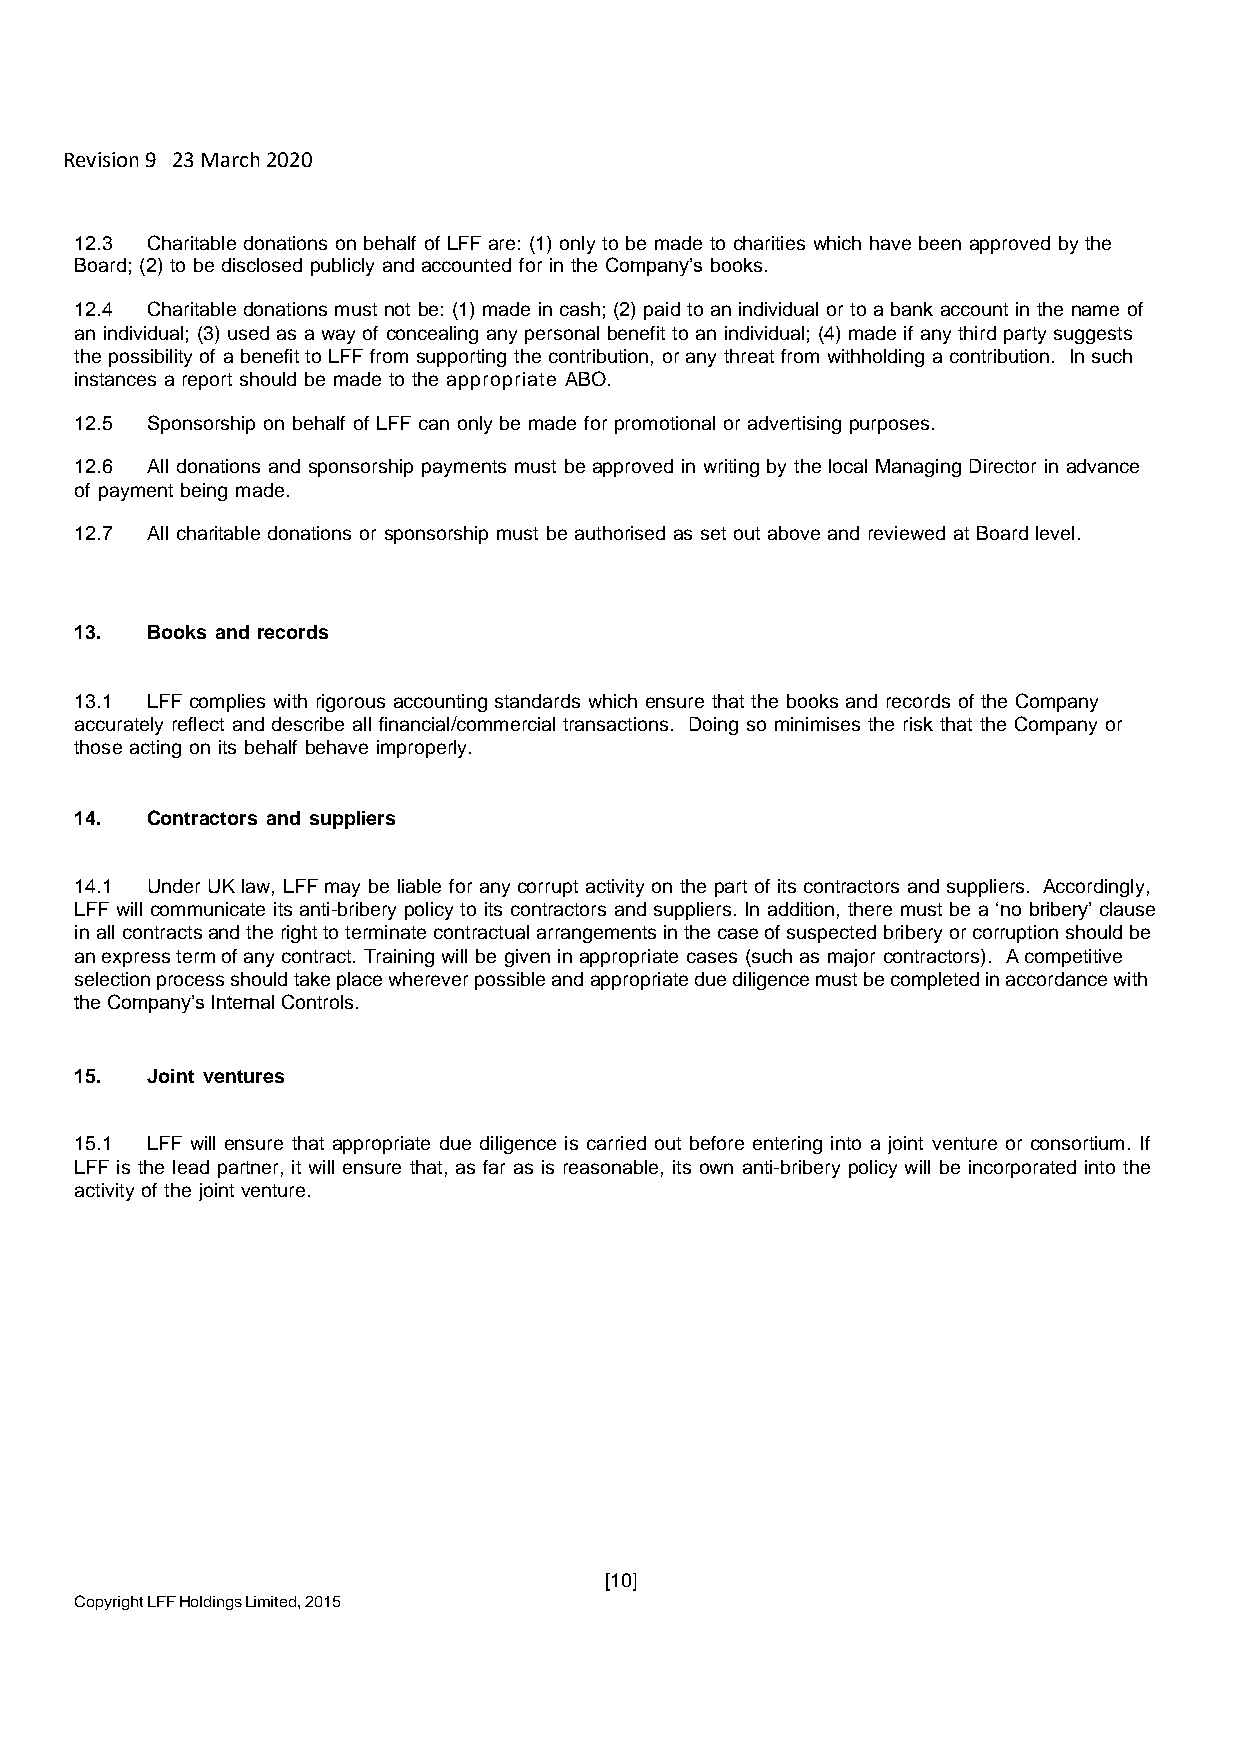
Revision 9 23 March 2020
 12.3 Charitable donations on behalf of LFF are: (1) only to be made to charities which have been approved by the
 Board; (2) to be disclosed publicly and accounted for in the Company’s books.
 12.4 Charitable donations must not be: (1) made in cash; (2) paid to an individual or to a bank account in the name of
 an individual; (3) used as a way of concealing any personal benefit to an individual; (4) made if any third party suggests
 the possibility of a benefit to LFF from supporting the contribution, or any threat from withholding a contribution. In such
 instances a report should be made to the appropriate ABO.
 12.5 Sponsorship on behalf of LFF can only be made for promotional or advertising purposes.
 12.6 All donations and sponsorship payments must be approved in writing by the local Managing Director in advance
 of payment being made.
 12.7 All charitable donations or sponsorship must be authorised as set out above and reviewed at Board level.
 13.  Books and records
 13.1 LFF complies with rigorous accounting standards which ensure that the books and records of the Company
 accurately reflect and describe all financial/commercial transactions. Doing so minimises the risk that the Company or
 those acting on its behalf behave improperly.
 14.  Contractors and suppliers
 14.1 Under UK law, LFF may be liable for any corrupt activity on the part of its contractors and suppliers. Accordingly,
 LFF will communicate its anti-bribery policy to its contractors and suppliers. In addition, there must be a ‘no bribery’ clause
 in all contracts and the right to terminate contractual arrangements in the case of suspected bribery or corruption should be
 an express term of any contract. Training will be given in appropriate cases (such as major contractors). A competitive
 selection process should take place wherever possible and appropriate due diligence must be completed in accordance with
 the Company’s Internal Controls.
 15.  Joint ventures
 15.1 LFF will ensure that appropriate due diligence is carried out before entering into a joint venture or consortium. If
 LFF is the lead partner, it will ensure that, as far as is reasonable, its own anti-bribery policy will be incorporated into the
 activity of the joint venture.
 [10]
 Copyright LFF Holdings Limited, 2015